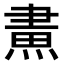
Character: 𤌲